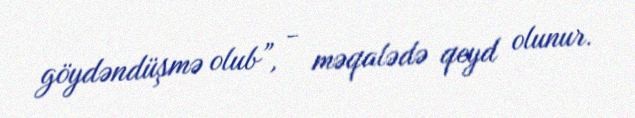
göydəndüşmə olub”, - məqalədə qeyd olunur.